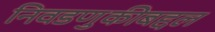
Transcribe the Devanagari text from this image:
निवडणुकीबद्दल